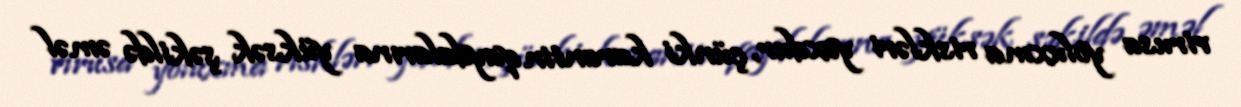
virusa yoluxma riskləri yoxdur, çünki karantin qaydalarına yüksək şəkildə əməl